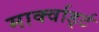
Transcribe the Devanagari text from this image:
मार्क्वार्ड्ट